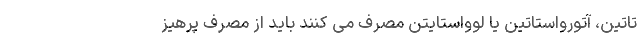
تاتین، آتورواستاتین یا لوواستایتن مصرف می کنند باید از مصرف پرهیز